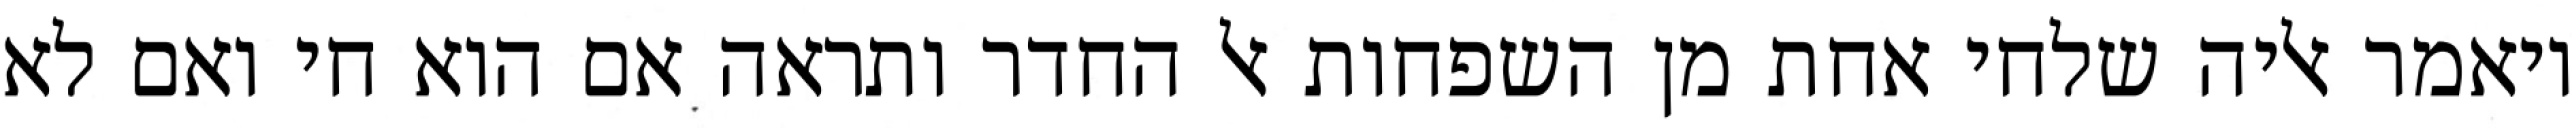
ויאמר אליה שלחי אחת מן השפחות אל החדר ותראה אם הוא חי ואם לא